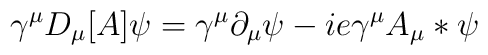
\gamma^\mu D_\mu[A] \psi = \gamma^\mu \partial_\mu \psi - i e\gamma^\mu A_\mu * \psi